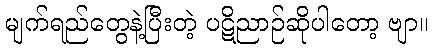
မျက်ရည်တွေနဲ့ပြီးတဲ့ ပဋိညာဉ်ဆိုပါတော့ ဗျာ။